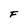
Character: F